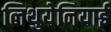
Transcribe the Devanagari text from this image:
लिथुयेनियाई